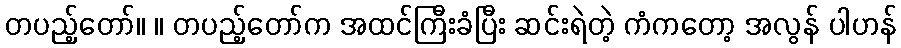
တပည့်တော်။ ။ တပည့်တော်က အထင်ကြီးခံပြီး ဆင်းရဲတဲ့ ကံကတော့ အလွန် ပါဟန်